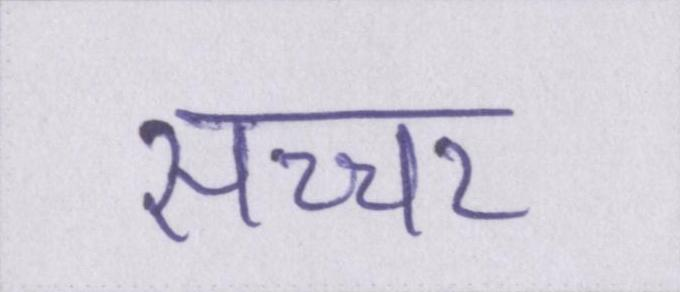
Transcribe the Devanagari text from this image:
सच्चर